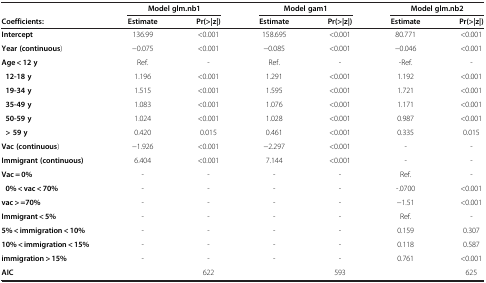
|  | <COLSPAN=2> Model glm.nb1 | <COLSPAN=2> Model gam1 | <COLSPAN=2> Model glm.nb2 |
 | Coefficients: | Estimate | Pr(>|z|) | Estimate | Pr(>|z|) | Estimate | Pr(>|z|) |
 | --- | --- | --- | --- | --- | --- | --- |
 | Intercept | 136.99 | <0.001 | 158.695 | <0.001 | 80.771 | <0.001 |
 | Year (continuous) | −0.075 | <0.001 | −0.085 | <0.001 | −0.046 | <0.001 |
 | Age < 12 y | Ref. | - | Ref. | - | -Ref. | - |
 | 12-18 y | 1.196 | <0.001 | 1.291 | <0.001 | 1.192 | <0.001 |
 | 19-34 y | 1.515 | <0.001 | 1.595 | <0.001 | 1.721 | <0.001 |
 | 35-49 y | 1.083 | <0.001 | 1.076 | <0.001 | 1.171 | <0.001 |
 | 50-59 y | 1.024 | <0.001 | 1.028 | <0.001 | 0.987 | <0.001 |
 | > 59 y | 0.420 | 0.015 | 0.461 | <0.001 | 0.335 | 0.015 |
 | Vac (continuous) | −1.926 | <0.001 | −2.297 | <0.001 | - | - |
 | Immigrant (continuous) | 6.404 | <0.001 | 7.144 | <0.001 | - | - |
 | Vac = 0% | - | - | - | - | Ref. | - |
 | 0% < vac < 70% | - | - | - | - | -.0700 | <0.001 |
 | vac > =70% | - | - | - | - | −1.51 | <0.001 |
 | Immigrant < 5% | - | - | - | - | Ref. | - |
 | 5% < immigration < 10% | - | - | - | - | 0.159 | 0.307 |
 | 10% < immigration < 15% | - | - | - | - | 0.118 | 0.587 |
 | immigration > 15% | - | - | - | - | 0.761 | <0.001 |
 | AIC |  | 622 |  | 593 |  | 625 |